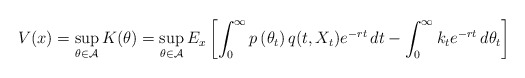
\begin{align*}V(x)=\sup_{\theta \in\mathcal{A}}K(\theta) = \sup_{\theta \in\mathcal{A}}E_x\left[\int_{0}^{\infty}p\left(\theta_t\right) q(t,X_t)e^{-rt}\,dt-\int_{0}^{\infty}k_{t}e^{-rt}\,d\theta_{t}\right] \end{align*}